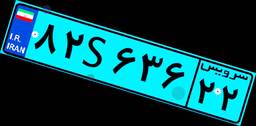
۸۲S۶۳۶۲۲